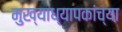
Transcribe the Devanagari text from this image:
मुख्याध्यापकांच्या